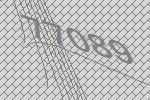
77089